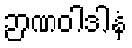
ဉာဏဝါဒါနံ